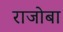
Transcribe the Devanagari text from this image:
राजोबा